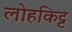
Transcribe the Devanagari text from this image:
लोहकिट्ट